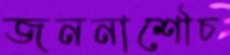
জননাশৌচ